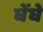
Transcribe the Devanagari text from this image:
घेंघे